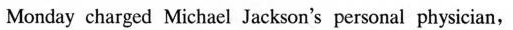
Monday charged Michael Jackson's personal physician,